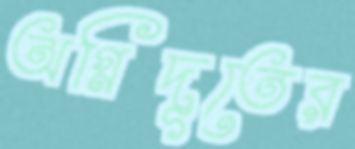
অগ্নিদূতের